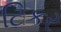
ટિકર